Note on elephants in Burma, with a description of their equipment
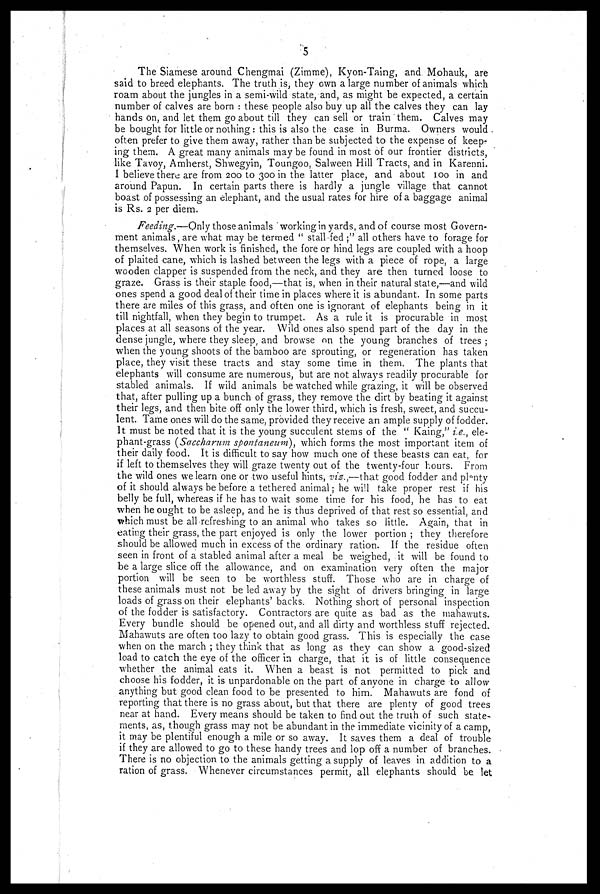
5
The Siamese around Chengmai (Zimme), Kyon-Taing, and Mohauk, are
said to breed elephants. The truth is, they own a large number of animals which
roam about the jungles in a semi-wild state, and, as might be expected, a certain
number of calves are born : these people also buy up all the calves they can lay
hands on, and let them go about till they can sell or train them. Calves may
be bought for little or nothing: this is also the case in Burma. Owners would
often prefer to give them away, rather than be subjected to the expense of keep-
ing them. A great many animals may be found in most of our frontier districts,
like Tavoy, Amherst, Shwegyin, Toungoo, Salween Hill Tracts, and in Karenni.
I believe there are from 200 to 300 in the latter place, and about 100 in and
around Papun. In certain parts there is hardly a jungle village that cannot
boast of possessing an elephant, and the usual rates for hire of a baggage animal
is Rs. 2 per diem.
Feeding.—Only those animals working in yards, and of course most Govern-
ment animals, are what may be termed " stall fed ;" all others have to forage for
themselves. When work is finished, the fore or hind legs are coupled with a hoop
of plaited cane, which is lashed between the legs with a piece of rope, a large
wooden clapper is suspended from the neck, and they are then turned loose to
graze. Grass is their staple food,—that is, when in their natural state,—and wild
ones spend a good deal of their time in places where it is abundant. In some parts
there are miles of this grass, and often one is ignorant of elephants being in it
till nightfall, when they begin to trumpet. As a rule it is procurable in most
places at all seasons of the year. Wild ones also spend part of the day in the
dense jungle, where they sleep, and browse on the young branches of trees ;
when the young shoots of the bamboo are sprouting, or regeneration has taken
place, they visit these tracts and stay some time in them. The plants that
elephants will consume are numerous, but are not always readily procurable for
stabled animals. If wild animals be watched while grazing, it will be observed
that, after pulling up a bunch of grass, they remove the dirt by beating it against
their legs, and then bite off only the lower third, which is fresh, sweet, and succu-
lent. Tame ones will do the same, provided they receive an ample supply of fodder.
It must be noted that it is the young succulent stems of the " Kaing," i.e., ele-
phant-grass (Saccharum spontaneum), which forms the most important item of
their daily food. It is difficult to say how much one of these beasts can eat, for
if left to themselves they will graze twenty out of the twenty-four hours. From
the wild ones we learn one or two useful hints, viz.,—that good fodder and plenty
of it should always be before a tethered animal; he will take proper rest if his
belly be full, whereas if he has to wait some time for his food, he has to eat
when he ought to be asleep, and he is thus deprived of that rest so essential, and
which must be all refreshing to an animal who takes so little. Again, that in
eating their grass, the part enjoyed is only the lower portion ; they therefore
should be allowed much in excess of the ordinary ration. If the residue often
seen in front of a stabled animal after a meal be weighed, it will be found to
be a large slice off the allowance, and on examination very often the major
portion will be seen to be worthless stuff. Those who are in charge of
these animals must not be led away by the sight of drivers bringing in large
loads of grass on their elephants' backs Nothing short of personal inspection
of the fodder is satisfactory. Contractors are quite as bad as the mahawuts.
Every bundle should be opened out, and all dirty and worthless stuff rejected.
Mahawuts are often too lazy to obtain good grass. This is especially the case
when on the march ; they think that as long as they can show a good-sized
load to catch the eye of the officer in charge, that it is of little consequence
whether the animal eats it. When a beast is not permitted to pick and
choose his fodder, it is unpardonable on the part of anyone in charge to allow
anything but good clean food to be presented to him. Mahawuts are fond of
reporting that there is no grass about, but that there are plenty of good trees
near at hand. Every means should be taken to find out the truth of such state
ments, as, though grass may not be abundant in the immediate vicinity of a camp
it may be plentiful enough a mile or so away. It saves them a deal of trouble
if they are allowed to go to these handy trees and lop off a number of branches.
There is no objection to the animals getting a supply of leaves in addition to a
ration of grass. Whenever circumstances permit, all elephants should be. let